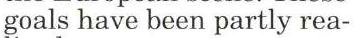
goals have been partly rea-